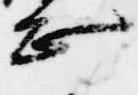
正